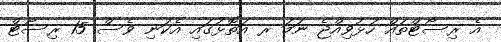
އެ ރިސޯޓްތައް ހުޅުވިއްޖެ ނަމަ ރ އަތޮޅުގައި އެކަނި ވެސް 15 ރިސޯޓް